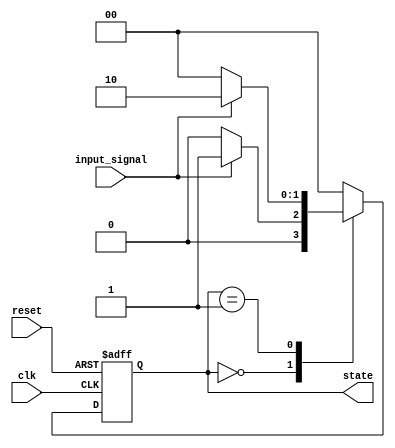
module fsm_example (
    input wire clk,        // Clock signal
    input wire reset,      // Reset signal
    input wire input_signal, // Input signal for state transition
    output reg [1:0] state // 2-bit state output
);

    // State encoding
    parameter STATE_A = 2'b00; // State A
    parameter STATE_B = 2'b01; // State B
    parameter STATE_C = 2'b10; // State C

    // Initial state
    initial begin
        state = STATE_A;  // Start in state A
    end

    // FSM behavior using @ (event) on clock's rising edge
    always @(posedge clk or posedge reset) begin
        if (reset) begin
            state <= STATE_A; // Asynchronous reset to state A
        end else begin
            case (state)
                STATE_A: begin
                    if (input_signal) 
                        state <= STATE_B; // Transition to STATE_B
                    else 
                        state <= STATE_A; // Stay in STATE_A
                end
                STATE_B: begin
                    if (input_signal)
                        state <= STATE_C; // Transition to STATE_C
                    else 
                        state <= STATE_A; // Reset to STATE_A
                end
                STATE_C: begin
                    state <= STATE_A; // Return to STATE_A from STATE_C
                end
                default: state <= STATE_A; // Default state
            endcase
        end
    end

endmodule